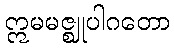
ဣမမဇ္ဈုပါဂတော